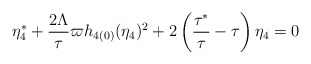
\begin{align*}\eta _{4}^{\ast }+\frac{2\Lambda }{\tau }\varpi h_{4(0)}(\eta_{4})^{2}+2\left( \frac{\tau ^{\ast }}{\tau }-\tau \right) \eta _{4}=0\end{align*}